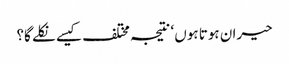
حیران ہوتا ہوں ‘ نتیجہ مختلف کیسے نکلے گا؟